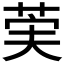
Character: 𫈌